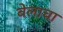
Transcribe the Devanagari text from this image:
बेलाचा